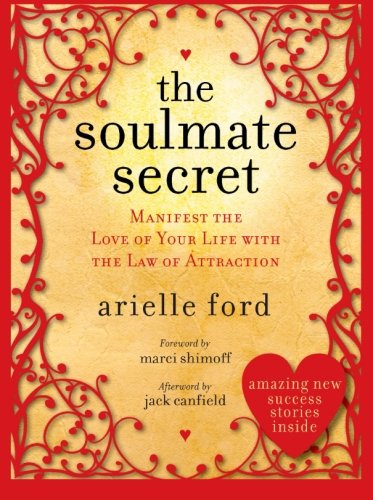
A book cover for The Soulmate Secret: Manifest the Love of Your Life with the Law of Attraction; Arielle Ford; Self-Help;